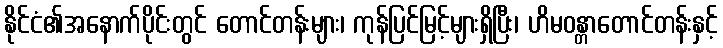
နိုင်ငံ၏အနောက်ပိုင်းတွင် တောင်တန်းများ၊ ကုန်ပြင်မြင့်များရှိပြီး၊ ဟိမဝန္တာတောင်တန်းနှင့်